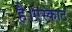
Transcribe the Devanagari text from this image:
है।एस्काट